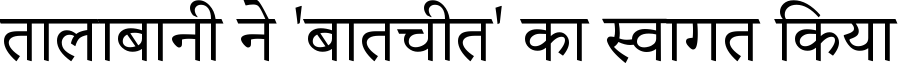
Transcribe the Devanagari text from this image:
तालाबानी ने 'बातचीत' का स्वागत किया